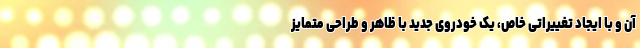
آن و با ایجاد تغییراتی خاص، یک خودروی جدید با ظاهر و طراحی متمایز